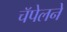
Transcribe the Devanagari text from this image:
चॅपेलने